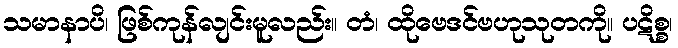
သမာနာပိ၊ ဖြစ်ကုန်လျင်းမူလည်း။ တံ၊ ထိုဗေဒင်ဗဟုသုတကို။ ပဋိစ္စ၊